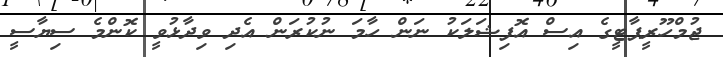
ޖުމްހޫރީޕާޓީގެ އިސް އޮފިޝަލަކު ނަން ހާމަ ނުކުރަން އެދި ވިދާޅުވީ ކޮންމެ ސިޔާސީ